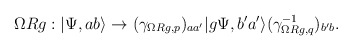
\begin{align*}\Omega Rg:|\Psi,ab\rangle \to(\gamma_{\Omega Rg,p})_{aa'}|g\Psi,b'a'\rangle(\gamma_{\Omega R g,q}^{-1})_{b'b}.\end{align*}